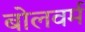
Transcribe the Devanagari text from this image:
बोलवर्म